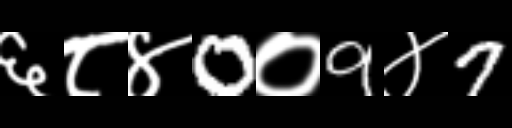
Text: ६८४0०9४7